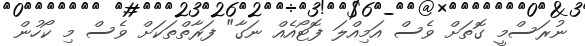
ނުރަސްމީ ގޮތަށް ވެސް އަމިއްލަ ފޮޓޯއެއް ނަގާ" ފަރާތްތަކަށް ވެސް މި ކޯހުން